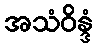
အသံဝိန္ဒံ